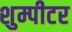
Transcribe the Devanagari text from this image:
शुम्पीटर